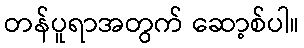
တန်ပူရာအတွက် ဆော့စ်ပါ။